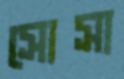
সোসা